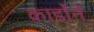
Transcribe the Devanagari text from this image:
कार्डोने